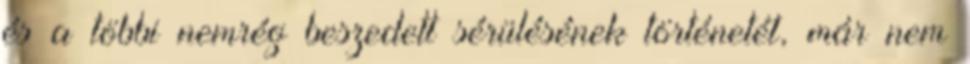
és a többi nemrég beszedett sérülésének történetét, már nem